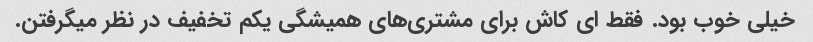
خیلی خوب بود. فقط ای کاش برای مشتری‌های همیشگی یکم تخفیف در نظر میگرفتن.